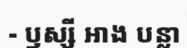
- ឫស្សី អាង បន្លា